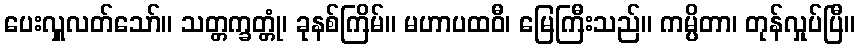
ပေးလှူလတ်သော်။ သတ္တက္ခတ္တုံ၊ ခုနစ်ကြိမ်။ မဟာပထဝီ၊ မြေကြီးသည်။ ကမ္ပိတာ၊ တုန်လှုပ်ပြီ။